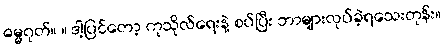
ဓမ္မဂုတ်။ ။ ဒါ့ပြင်တော့ ကုသိုလ်ရေးနဲ့ စပ်ပြီး ဘာများလုပ်ခဲ့ရသေးတုန်း။